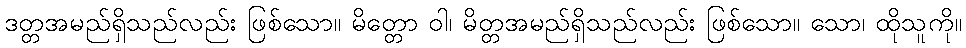
ဒတ္တအမည်ရှိသည်လည်း ဖြစ်သော။ မိတ္တော ဝါ၊ မိတ္တအမည်ရှိသည်လည်း ဖြစ်သော။ သော၊ ထိုသူကို။